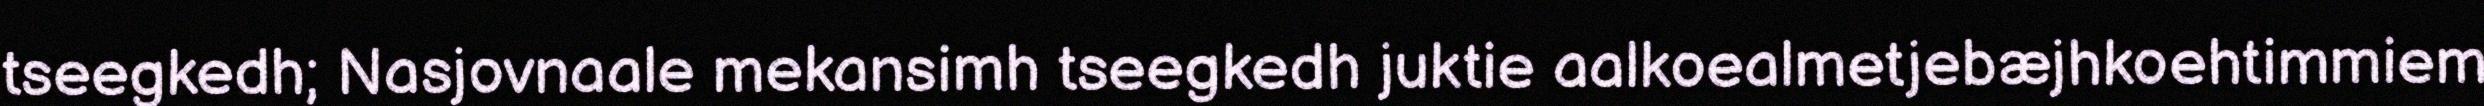
tseegkedh; Nasjovnaale mekansimh tseegkedh juktie aalkoealmetjebæjhkoehtimmiem